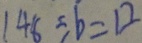
1 4 8 \div b = 1 2